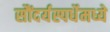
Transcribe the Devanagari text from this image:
सौंदर्यस्पर्धेमध्ये